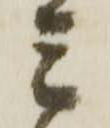
ミ